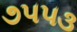
૭૫૫૩